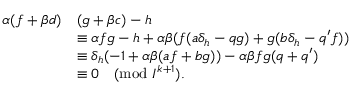
{ \begin{array} { r l } { \alpha ( f + \beta d ) } & { ( g + \beta c ) - h } \\ & { \equiv \alpha f g - h + \alpha \beta ( f ( a \delta _ { h } - q g ) + g ( b \delta _ { h } - q ^ { \prime } f ) ) } \\ & { \equiv \delta _ { h } ( - 1 + \alpha \beta ( a f + b g ) ) - \alpha \beta f g ( q + q ^ { \prime } ) } \\ & { \equiv 0 { \pmod { I ^ { k + 1 } } } . } \end{array} }